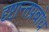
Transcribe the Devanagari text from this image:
दृष्टान्तप्रबोध